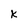
Character: X